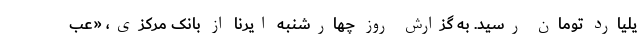
یلیارد تومان رسید. به گزارش روز چهارشنبه ایرنا از بانک مرکزی، «عب